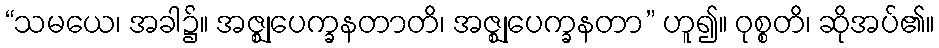
“သမယေ၊ အခါ၌။ အဇ္ဈုပေက္ခနတာတိ၊ အဇ္ဈုပေက္ခနတာ” ဟူ၍။ ဝုစ္စတိ၊ ဆိုအပ်၏။